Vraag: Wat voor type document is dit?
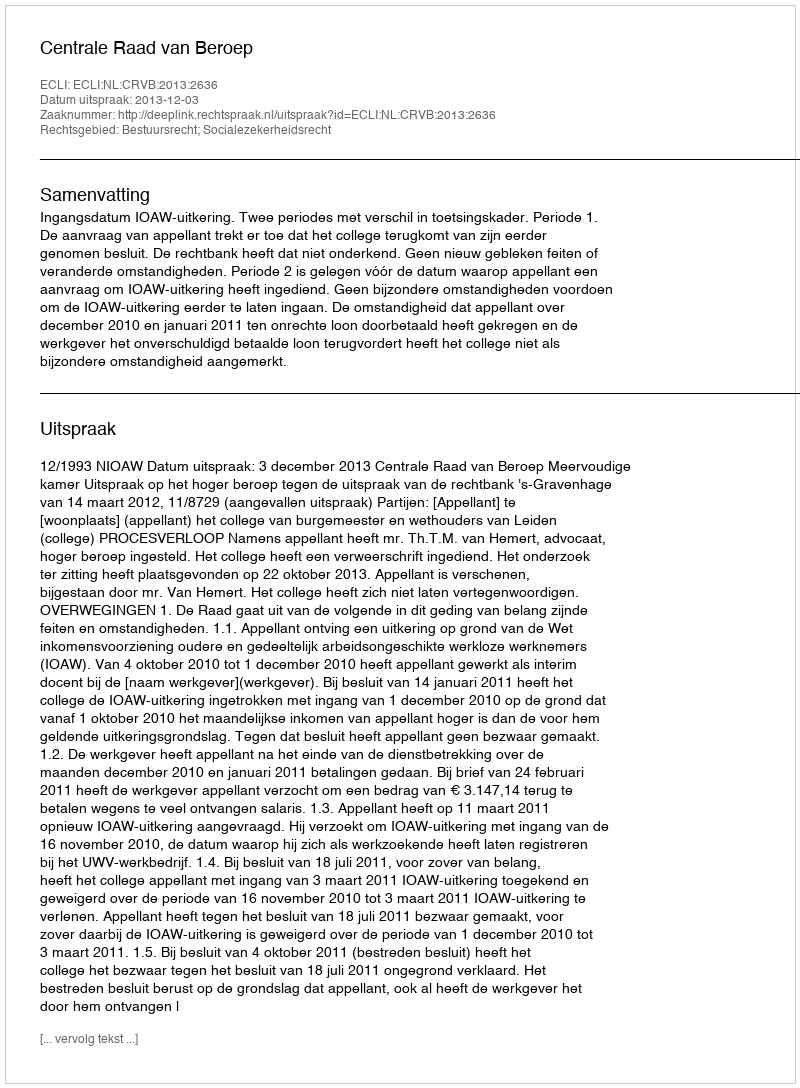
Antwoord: Uitspraak